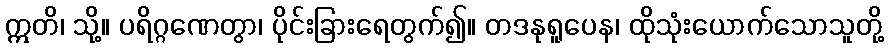
ဣတိ၊ သို့။ ပရိဂ္ဂဏေတွာ၊ ပိုင်းခြားရေတွက်၍။ တဒနုရူပေန၊ ထိုသုံးယောက်သောသူတို့